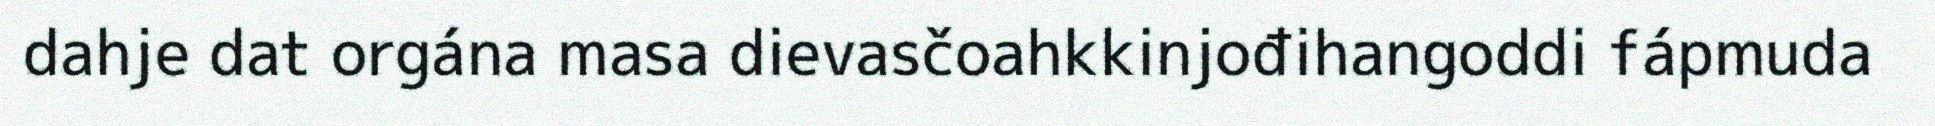
dahje dat orgána masa dievasčoahkkinjođihangoddi fápmuda